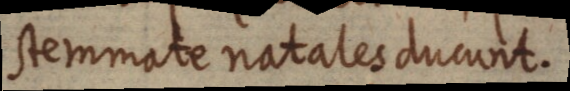
stemmate natales ducunt.